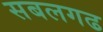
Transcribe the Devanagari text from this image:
सबलगढ